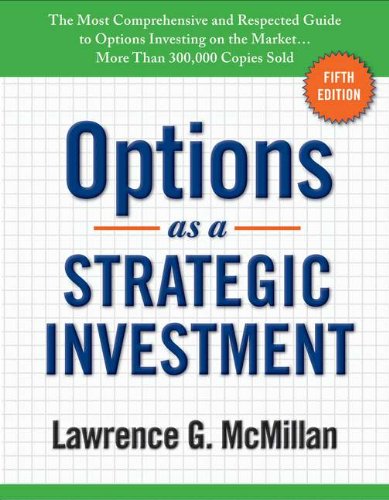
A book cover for Options as a Strategic Investment; Lawrence G. McMillan; Business & Money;